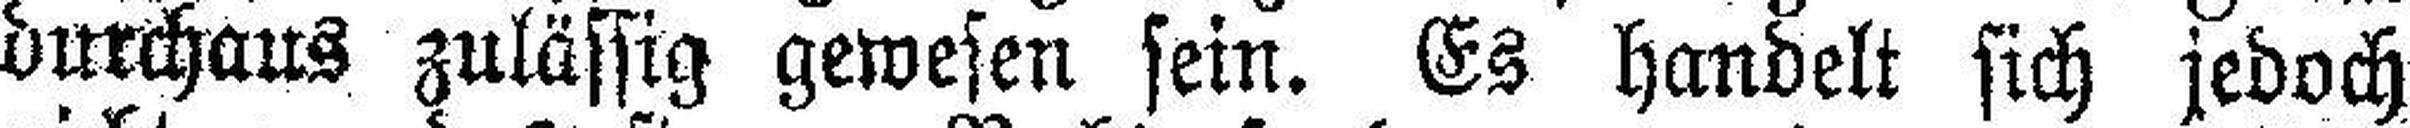
durchaus zulässig gewesen sein. Es handelt sich jedoch